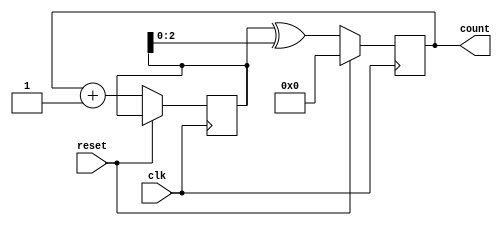
module gray_counter (
    input wire clk,
    input wire reset,
    output reg [3:0] count
);

reg [3:0] next_count;

always @(posedge clk) begin
    if (reset) begin
        count <= 4'b0000;
    end else begin
        next_count <= count + 1;
        count <= {1'b0, next_count[3:0] ^ next_count[2:0]};
    end
end

endmodule